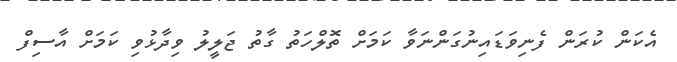
އެކަން ކުރަން ފެނިވަޑައިނުގަންނަވާ ކަމަށް ތޮލްހަތު ގާތު ޖަލީލު ވިދާޅުވި ކަމަށް އާސިފް